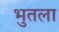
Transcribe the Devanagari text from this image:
भुतला